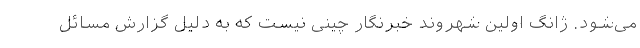
می‌شود. ژانگ اولین شهروند خبرنگار چینی نیست که به دلیل گزارش مسائل